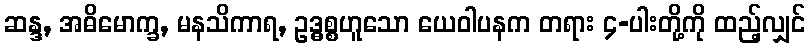
ဆန္ဒ, အဓိမောက္ခ, မနသိကာရ, ဥဒ္ဓစ္စဟူသော ယေဝါပနက တရား ၄-ပါးတို့ကို ထည့်လျှင်